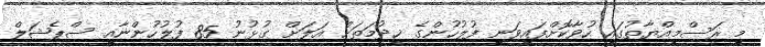
މި ރަސްމިއްޔާތުގައި ހުވާކޮށްފައިވަނީ ފުލުހުންގެ ޚިދުމަތަށް އަލަށް ގުޅުނު 85 ފުލުހުންނާއި ސްޕެޝަލް